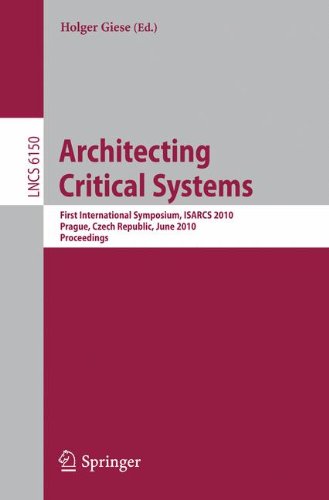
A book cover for Architecting Critical Systems: First International Symposium, Prague, Czech Republic, June 23-25, 2010 (Lecture Notes in Computer Science / Security and Cryptology); Computers & Technology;